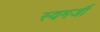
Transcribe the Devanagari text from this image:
स्वमर्जी